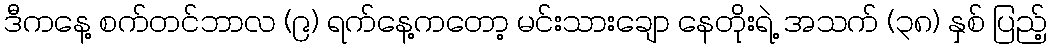
ဒီကနေ့ စက်တင်ဘာလ (၉) ရက်နေ့ကတော့ မင်းသားချော နေတိုးရဲ့ အသက် (၃၈) နှစ် ပြည့်